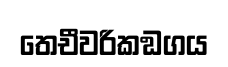
තෙචීවරිකඞගය